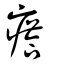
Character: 瘩